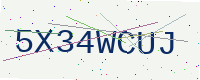
Text: 5X34WCUJ